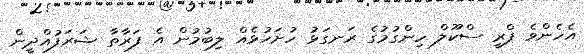
އެހެންވެ ޕްރީ ސްކޫލް ހިންގުމުގެ ރަނގަޅު ހުށަހުޅެއް ލިބުމުން އެ ފަރާތާ ޝަރަފުއްދީން